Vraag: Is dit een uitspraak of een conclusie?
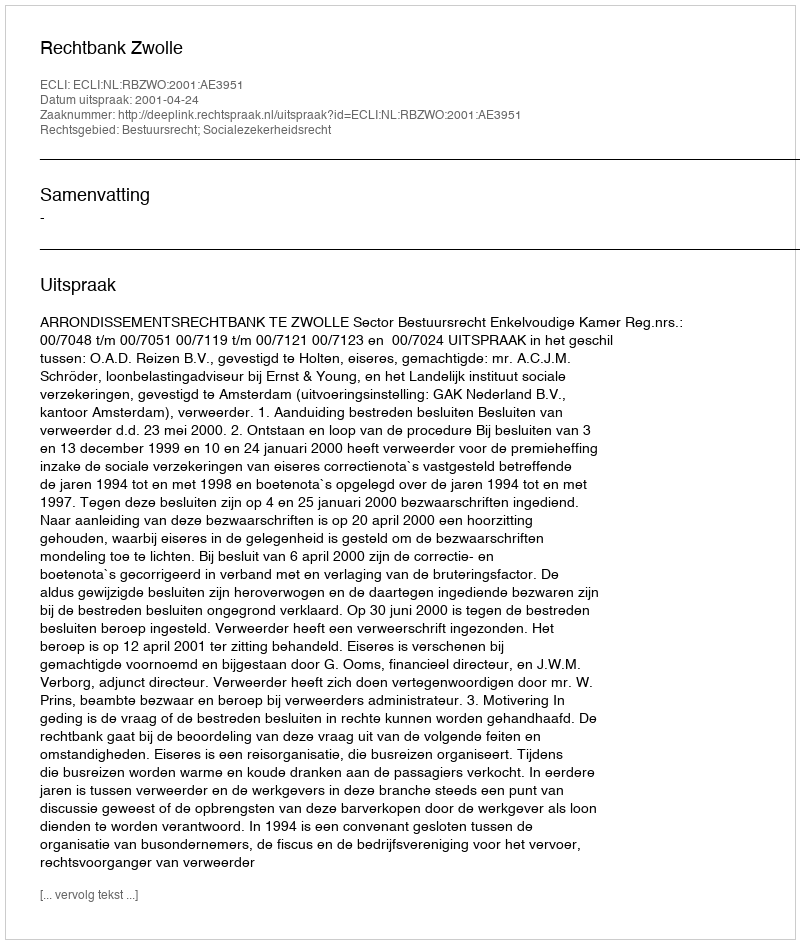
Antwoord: Uitspraak